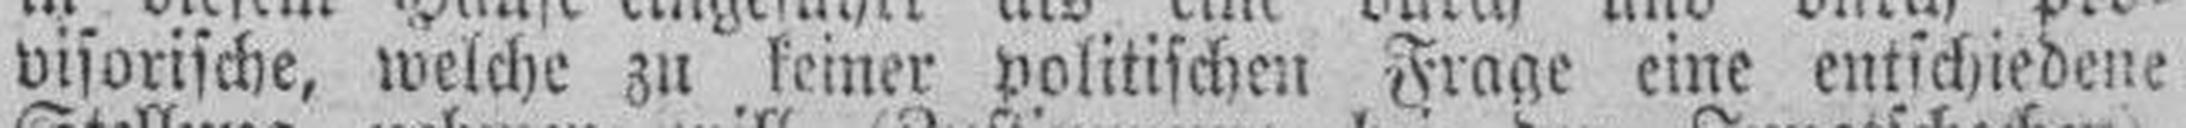
visorische, welche zu keiner volitischen Frage eine entschiedene